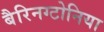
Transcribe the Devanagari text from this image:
बैरिनग्टोनिया